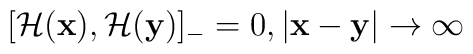
[{\cal H}({\bf x}), {\cal H}({\bf y})]_-=0, |{\bf x}-{\bf y}| \rightarrow \infty